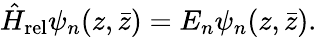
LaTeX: \hat{H}_{\mathrm{rel}}\psi_{n}(z,\bar{z})=E_{n}\psi_{n}(z,\bar{z}).